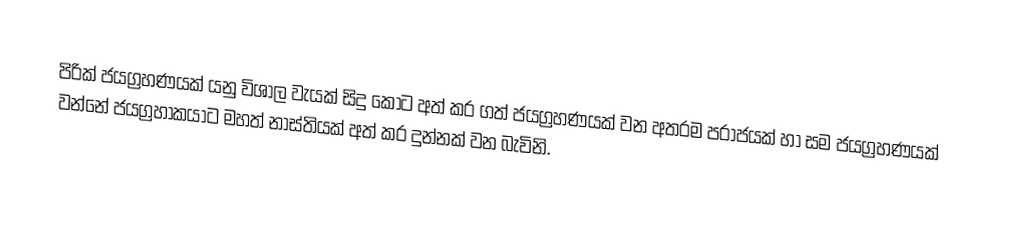
පිරික් ජයග්‍රහණයක් යනු විශාල වැයක් සිදු කොට අත් කර ගත්  ජයග්‍රහණයක් වන අතරම  පරාජයක් හා සම ජයග්‍රහණයක් වන්නේ ජයග්‍රහාකයාට මහත් නාස්තියක් අත් කර දුන්නක් වන බැවිනි.